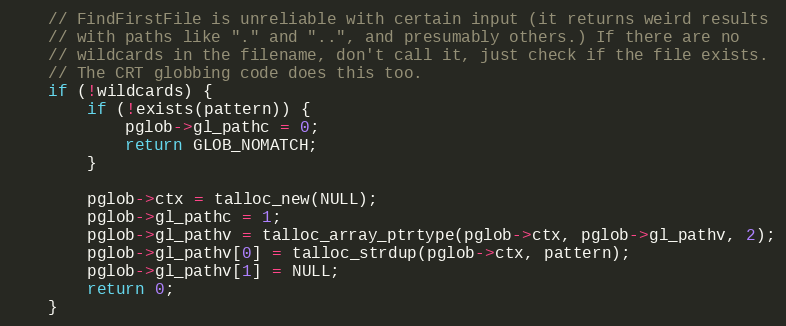
Language: C
    // FindFirstFile is unreliable with certain input (it returns weird results
    // with paths like "." and "..", and presumably others.) If there are no
    // wildcards in the filename, don't call it, just check if the file exists.
    // The CRT globbing code does this too.
    if (!wildcards) {
        if (!exists(pattern)) {
            pglob->gl_pathc = 0;
            return GLOB_NOMATCH;
        }

        pglob->ctx = talloc_new(NULL);
        pglob->gl_pathc = 1;
        pglob->gl_pathv = talloc_array_ptrtype(pglob->ctx, pglob->gl_pathv, 2);
        pglob->gl_pathv[0] = talloc_strdup(pglob->ctx, pattern);
        pglob->gl_pathv[1] = NULL;
        return 0;
    }